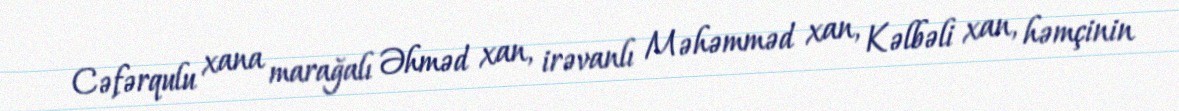
Cəfərqulu xana marağalı Əhməd xan, irəvanlı Məhəmməd xan, Kəlbəli xan, həmçinin